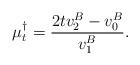
LaTeX: \begin{align*}\mu_{t}^{\dag}=\frac{2tv_2^B -v_0^B}{v_1^B}. \end{align*}